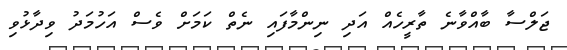
ޖަލްސާ ބާއްވާނެ ތާރީހެއް އަދި ނިންމާފައި ނެތް ކަމަށް ވެސް އަހުމަދު ވިދާޅުވި